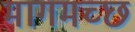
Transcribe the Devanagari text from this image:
मागमच्छ